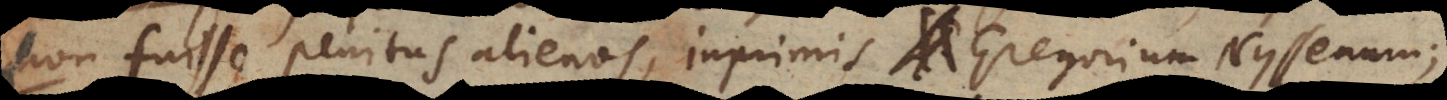
non fuisse penitus alienos, inprimis Gregorium Nyssenum;